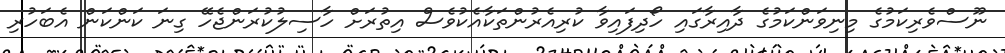
ނޫސްވެރިކަމުގެ މިނިވަންކަމުގެ ދާއިރާގައި ހޯދިފައިވާ ކުރިއެރުންތަކާއެކުވެސް އިތުރަށް ހާސިލުކުރަންޖެހޭ ގިނަ ކަންކަން އެބަހުރި